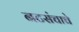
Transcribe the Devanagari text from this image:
नटसंचाचे